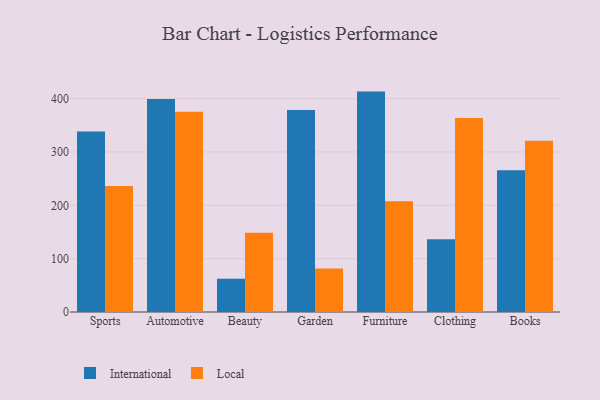
{"axis": {"x": "Category", "y": "Inventory Turnover"}, "legend": ["International", "Local"], "data": [{"x": "Sports", "y": 338.5, "type": "International"}, {"x": "Sports", "y": 236.3, "type": "Local"}, {"x": "Automotive", "y": 399.1, "type": "International"}, {"x": "Automotive", "y": 375.4, "type": "Local"}, {"x": "Beauty", "y": 62.4, "type": "International"}, {"x": "Beauty", "y": 148.4, "type": "Local"}, {"x": "Garden", "y": 378.8, "type": "International"}, {"x": "Garden", "y": 81.6, "type": "Local"}, {"x": "Furniture", "y": 413.2, "type": "International"}, {"x": "Furniture", "y": 207.8, "type": "Local"}, {"x": "Clothing", "y": 136.2, "type": "International"}, {"x": "Clothing", "y": 363.7, "type": "Local"}, {"x": "Books", "y": 265.9, "type": "International"}, {"x": "Books", "y": 321.1, "type": "Local"}]}